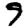
Digit: 9